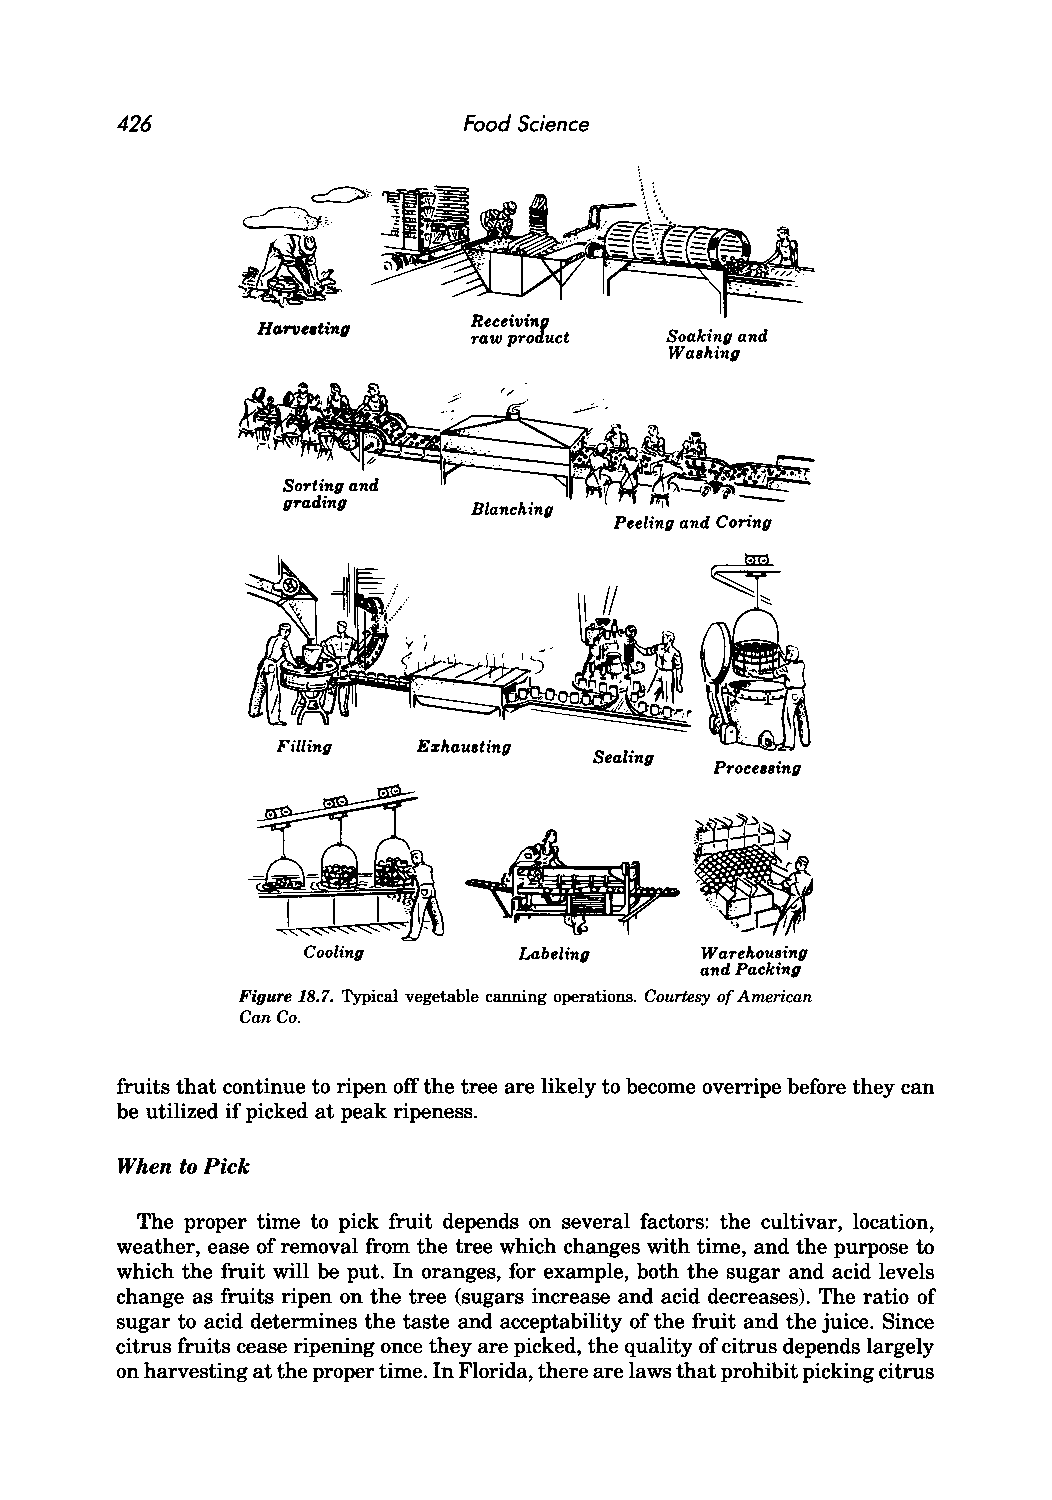
426                    Food Science
 Receiving
 Harveating
 raw product  Soaking and
 Washing
 Blanching
 Peeling and Coring
 Filling   Exhausting
 Sealing
 Processing
 Cooling       Labeling    Warehousing
 and Packing
 Figure 18.'1. Typical vegetable canning operations. Courtesy of American
 Can Co.
 fruits that continue to ripen off the tree are likely to become overripe before they can
 be utilized if picked at peak ripeness.
 When to Pick
 The proper time to pick fruit depends on several factors: the cultivar, location,
 weather, ease of removal from the tree which changes with time, and the purpose to
 which the fruit will be put. In oranges, for example, both the sugar and acid levels
 change as fruits ripen on the tree (sugars increase and acid decreases). The ratio of
 sugar to acid determines the taste and acceptability of the fruit and the juice. Since
 citrus fruits cease ripening once they are picked, the quality of citrus depends largely
 on harvesting at the proper time. In Florida, there are laws that prohibit picking citrus